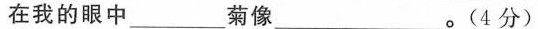
在我的眼中___菊像___。(4分)